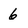
Character: 6